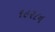
૧૯૨૮ન